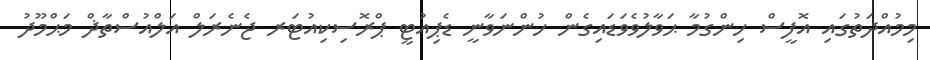
މިމުއްދަތުގައި އޮފީސް ހިންގުމާ ޙަވާލުވެވަޑައިގެން ހުންނަވާނީ ޑެޕިއުޓީ ޕްރޮސިކިއުޓަރ ޖެނެރަލް އަލްއުސްތާޛް މަޙްމޫދު